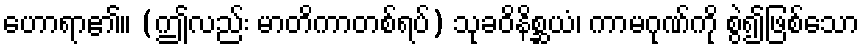
ဟောရာ၏။ (ဤလည်း မာတိကာတစ်ရပ်) သုခဝိနိစ္ဆယံ၊ ကာမဂုဏ်ကို စွဲ၍ဖြစ်သော